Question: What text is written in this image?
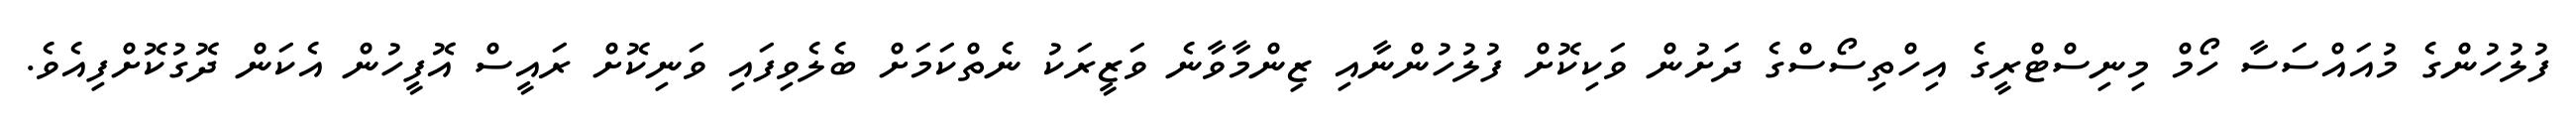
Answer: ފުލުހުންގެ މުއައްސަސާ ހޯމް މިނިސްޓްރީގެ އިހްތިސޯސްގެ ދަށުން ވަކިކޮށް ފުލުހުންނާއި ޒިންމާވާނެ ވަޒީރަކު ނެތްކަމަށް ބެލެވިފައި ވަނިކޮށް ރައީސް އޮފީހުން އެކަން ދޮގުކޮށްފިއެވެ.